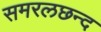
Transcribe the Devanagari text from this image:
समरलछन्द